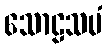
သောဠသမံ